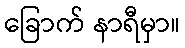
ခြောက် နာရီမှာ။